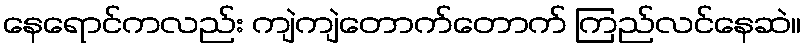
နေရောင်ကလည်း ကျဲကျဲတောက်တောက် ကြည်လင်နေဆဲ။